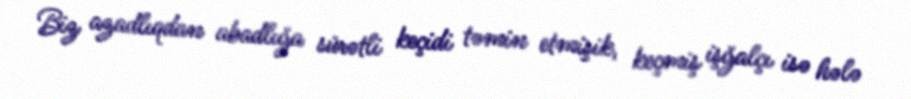
Biz azadlıqdan abadlığa sürətli keçidi təmin etmişik, keçmiş işğalçı isə hələ